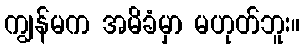
ကျွန်မက အမိခံမှာ မဟုတ်ဘူး။